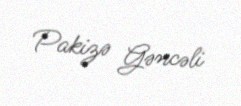
Pakizə Gəncəli